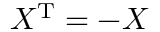
X ^ { \mathrm { { T } } } = - X